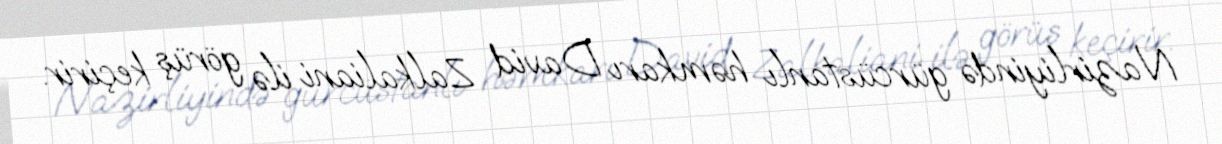
Nazirliyində gürcüstanlı həmkarı David Zalkaliani ilə görüş keçirir.